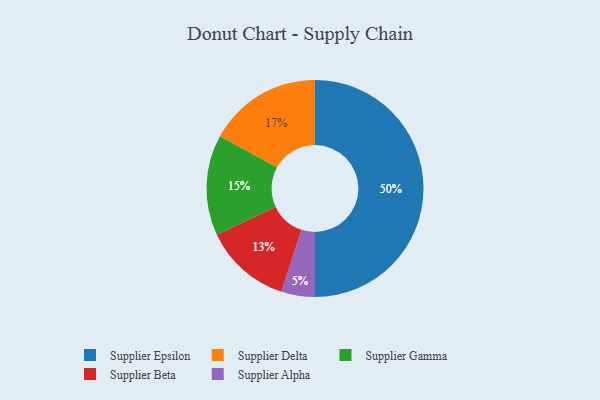
{"axis": {"x": "Category", "y": "Percentage"}, "legend": ["Supplier Alpha", "Supplier Beta", "Supplier Delta", "Supplier Epsilon", "Supplier Gamma"], "data": [{"x": "Supplier Gamma", "y": 15, "type": "Supplier Gamma"}, {"x": "Supplier Beta", "y": 13, "type": "Supplier Beta"}, {"x": "Supplier Epsilon", "y": 50, "type": "Supplier Epsilon"}, {"x": "Supplier Delta", "y": 17, "type": "Supplier Delta"}, {"x": "Supplier Alpha", "y": 5, "type": "Supplier Alpha"}]}